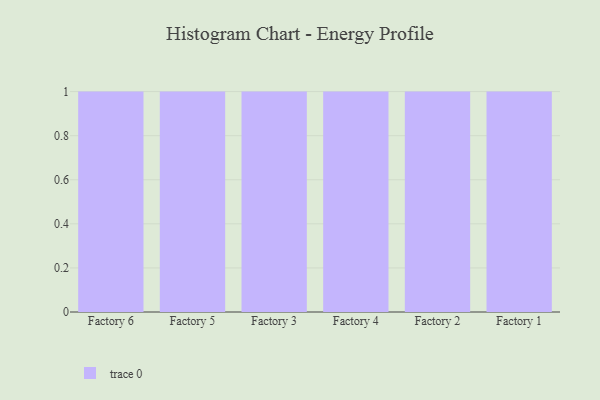
{"axis": {"x": "Factory", "y": "Energy Usage (MWh)"}, "legend": [""], "data": [{"x": "Factory 6", "y": 84, "type": ""}, {"x": "Factory 5", "y": 78, "type": ""}, {"x": "Factory 3", "y": 64, "type": ""}, {"x": "Factory 4", "y": 52, "type": ""}, {"x": "Factory 2", "y": 4, "type": ""}, {"x": "Factory 1", "y": 55, "type": ""}]}